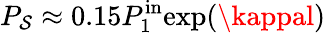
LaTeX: P_{\mathcal{S}}\approx0.15P_{1}^{\mathrm{{in}}}\mathrm{{exp}}(\kappal)